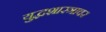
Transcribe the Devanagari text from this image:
युद्धशास्त्रावर